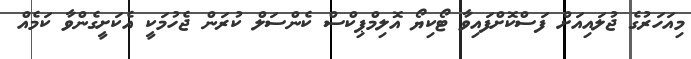
މިއަހަރުގެ ޖުލައިއަށް ފަސްކޮށްފައިވާ ޓޯކިޔޯ އޮލިމްޕިކްސް ކެންސަލް ކުރަން ޖެހުމަކީ އެކަށީގެންވާ ކަމެއް